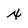
Character: x